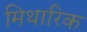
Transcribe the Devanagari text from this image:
मिथारिक